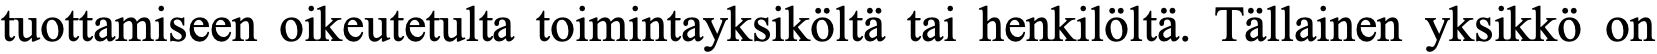
tuottamiseen oikeutetulta toimintayksiköltä tai henkilöltä. Tällainen yksikkö on